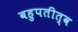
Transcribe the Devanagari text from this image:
बहुपतीत्व